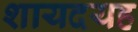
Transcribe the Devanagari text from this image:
शायदयह